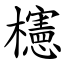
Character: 櫶